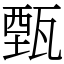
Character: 甄